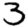
Digit: 3